Vaccination in Burma 1920-1933 - 1920-1933
Year: 1920
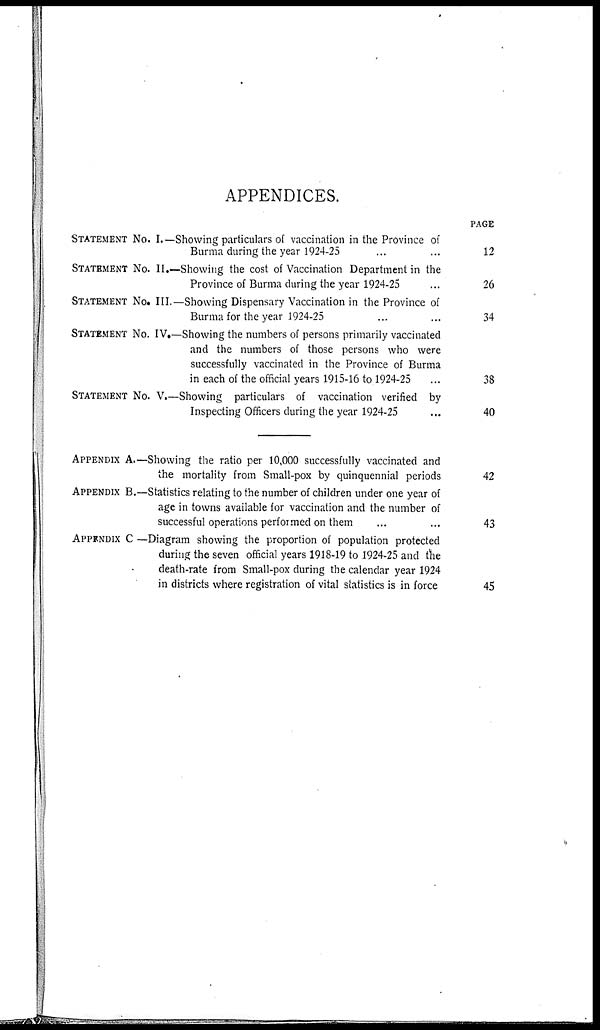
APPENDICES.
STATEMENT NO. I.—Showing particulars of vaccination in the Province of
Burma during the year 1924-25 ... ...
STATEMENT NO. II.—Showing the cost of Vaccination Department in the
Province of Burma during the year 1924-25 ...
STATEMENT NO. III.—Showing Dispensary Vaccination in the Province of
Burma for the year 1924-25 ... ...
STATEMENT NO. IV.—Showing the numbers of persons primarily vaccinated
and the numbers of those persons who were
successfully vaccinated in the Province of Burma
in each of the official years 1915-16 to 1924-25 ...
STATEMENT NO. V.—Showing particulars of vaccination verified by
Inspecting Officers during the year 1924-25 ...
APPENDIX A—Showing the ratio per 10,000 successfully vaccinated and
the mortality from Small-pox by quinquennial periods
APPENDIX B.—Statistics relating to the number of children under one year of
age in towns available for vaccination and the number of
successful operations performed on them ... ...
APPENDIX C —Diagram showing the proportion of population protected
during the seven official years 1918-19 to 1924-25 and the
death-rate from Small-pox during the calendar year 1924
in districts where registration of vital statistics is in force
PAGE
12
26
34
38
40
42
43
45